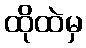
ထိုထဲမှ